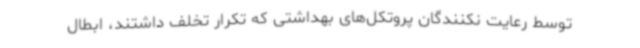
توسط رعایت نکنندگان پروتکل‌های بهداشتی که تکرار تخلف داشتند، ابطال